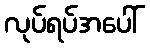
လုပ်ရပ်အပေါ်